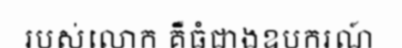
របស់លោក គឺធំជាងឧបករណ៍